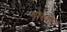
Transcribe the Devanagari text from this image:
गोरमेन